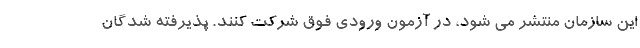
این سازمان منتشر می شود، در آزمون ورودی فوق شرکت کنند. پذیرفته شدگان